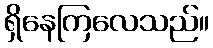
ရှိနေကြလေသည်။